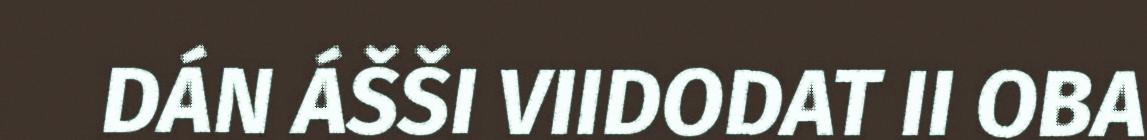
DÁN ÁŠŠI VIIDODAT II OBA